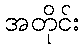
အတိုင်း